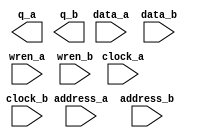
// megafunction wizard: %RAM: 2-PORT%VBB%
// GENERATION: STANDARD
// VERSION: WM1.0
// MODULE: altsyncram 

// ============================================================
// Megafunction Name(s):
// 			altsyncram
//
// Simulation Library Files(s):
// 			altera_mf
// ============================================================
// ************************************************************
// THIS IS A WIZARD-GENERATED FILE. DO NOT EDIT THIS FILE!
//
// 21.1.1 Build 850 06/23/2022 SJ Lite Edition
// ************************************************************

//Copyright (C) 2022  Intel Corporation. All rights reserved.
//Your use of Intel Corporation's design tools, logic functions 
//and other software and tools, and any partner logic 
//functions, and any output files from any of the foregoing 
//(including device programming or simulation files), and any 
//associated documentation or information are expressly subject 
//to the terms and conditions of the Intel Program License 
//Subscription Agreement, the Intel Quartus Prime License Agreement,
//the Intel FPGA IP License Agreement, or other applicable license
//agreement, including, without limitation, that your use is for
//the sole purpose of programming logic devices manufactured by
//Intel and sold by Intel or its authorized distributors.  Please
//refer to the applicable agreement for further details, at
//https://fpgasoftware.intel.com/eula.

module rom_memory (
	address_a,
	address_b,
	clock_a,
	clock_b,
	data_a,
	data_b,
	wren_a,
	wren_b,
	q_a,
	q_b);

	input	[14:0]  address_a;
	input	[14:0]  address_b;
	input	  clock_a;
	input	  clock_b;
	input	[7:0]  data_a;
	input	[7:0]  data_b;
	input	  wren_a;
	input	  wren_b;
	output	[7:0]  q_a;
	output	[7:0]  q_b;
`ifndef ALTERA_RESERVED_QIS
// synopsys translate_off
`endif
	tri1	  clock_a;
	tri0	  wren_a;
	tri0	  wren_b;
`ifndef ALTERA_RESERVED_QIS
// synopsys translate_on
`endif

endmodule

// ============================================================
// CNX file retrieval info
// ============================================================
// Retrieval info: PRIVATE: ADDRESSSTALL_A NUMERIC "0"
// Retrieval info: PRIVATE: ADDRESSSTALL_B NUMERIC "0"
// Retrieval info: PRIVATE: BYTEENA_ACLR_A NUMERIC "0"
// Retrieval info: PRIVATE: BYTEENA_ACLR_B NUMERIC "0"
// Retrieval info: PRIVATE: BYTE_ENABLE_A NUMERIC "0"
// Retrieval info: PRIVATE: BYTE_ENABLE_B NUMERIC "0"
// Retrieval info: PRIVATE: BYTE_SIZE NUMERIC "8"
// Retrieval info: PRIVATE: BlankMemory NUMERIC "0"
// Retrieval info: PRIVATE: CLOCK_ENABLE_INPUT_A NUMERIC "0"
// Retrieval info: PRIVATE: CLOCK_ENABLE_INPUT_B NUMERIC "0"
// Retrieval info: PRIVATE: CLOCK_ENABLE_OUTPUT_A NUMERIC "0"
// Retrieval info: PRIVATE: CLOCK_ENABLE_OUTPUT_B NUMERIC "0"
// Retrieval info: PRIVATE: CLRdata NUMERIC "0"
// Retrieval info: PRIVATE: CLRq NUMERIC "0"
// Retrieval info: PRIVATE: CLRrdaddress NUMERIC "0"
// Retrieval info: PRIVATE: CLRrren NUMERIC "0"
// Retrieval info: PRIVATE: CLRwraddress NUMERIC "0"
// Retrieval info: PRIVATE: CLRwren NUMERIC "0"
// Retrieval info: PRIVATE: Clock NUMERIC "5"
// Retrieval info: PRIVATE: Clock_A NUMERIC "0"
// Retrieval info: PRIVATE: Clock_B NUMERIC "0"
// Retrieval info: PRIVATE: IMPLEMENT_IN_LES NUMERIC "0"
// Retrieval info: PRIVATE: INDATA_ACLR_B NUMERIC "0"
// Retrieval info: PRIVATE: INDATA_REG_B NUMERIC "1"
// Retrieval info: PRIVATE: INIT_FILE_LAYOUT STRING "PORT_A"
// Retrieval info: PRIVATE: INIT_TO_SIM_X NUMERIC "0"
// Retrieval info: PRIVATE: INTENDED_DEVICE_FAMILY STRING "MAX 10"
// Retrieval info: PRIVATE: JTAG_ENABLED NUMERIC "0"
// Retrieval info: PRIVATE: JTAG_ID STRING "NONE"
// Retrieval info: PRIVATE: MAXIMUM_DEPTH NUMERIC "0"
// Retrieval info: PRIVATE: MEMSIZE NUMERIC "262144"
// Retrieval info: PRIVATE: MEM_IN_BITS NUMERIC "0"
// Retrieval info: PRIVATE: MIFfilename STRING "/home/norbert/Projects/6502_v2/python/rom/rom.hex"
// Retrieval info: PRIVATE: OPERATION_MODE NUMERIC "3"
// Retrieval info: PRIVATE: OUTDATA_ACLR_B NUMERIC "0"
// Retrieval info: PRIVATE: OUTDATA_REG_B NUMERIC "0"
// Retrieval info: PRIVATE: RAM_BLOCK_TYPE NUMERIC "2"
// Retrieval info: PRIVATE: READ_DURING_WRITE_MODE_MIXED_PORTS NUMERIC "2"
// Retrieval info: PRIVATE: READ_DURING_WRITE_MODE_PORT_A NUMERIC "4"
// Retrieval info: PRIVATE: READ_DURING_WRITE_MODE_PORT_B NUMERIC "4"
// Retrieval info: PRIVATE: REGdata NUMERIC "1"
// Retrieval info: PRIVATE: REGq NUMERIC "0"
// Retrieval info: PRIVATE: REGrdaddress NUMERIC "0"
// Retrieval info: PRIVATE: REGrren NUMERIC "0"
// Retrieval info: PRIVATE: REGwraddress NUMERIC "1"
// Retrieval info: PRIVATE: REGwren NUMERIC "1"
// Retrieval info: PRIVATE: SYNTH_WRAPPER_GEN_POSTFIX STRING "0"
// Retrieval info: PRIVATE: USE_DIFF_CLKEN NUMERIC "0"
// Retrieval info: PRIVATE: UseDPRAM NUMERIC "1"
// Retrieval info: PRIVATE: VarWidth NUMERIC "0"
// Retrieval info: PRIVATE: WIDTH_READ_A NUMERIC "8"
// Retrieval info: PRIVATE: WIDTH_READ_B NUMERIC "8"
// Retrieval info: PRIVATE: WIDTH_WRITE_A NUMERIC "8"
// Retrieval info: PRIVATE: WIDTH_WRITE_B NUMERIC "8"
// Retrieval info: PRIVATE: WRADDR_ACLR_B NUMERIC "0"
// Retrieval info: PRIVATE: WRADDR_REG_B NUMERIC "1"
// Retrieval info: PRIVATE: WRCTRL_ACLR_B NUMERIC "0"
// Retrieval info: PRIVATE: enable NUMERIC "0"
// Retrieval info: PRIVATE: rden NUMERIC "0"
// Retrieval info: LIBRARY: altera_mf altera_mf.altera_mf_components.all
// Retrieval info: CONSTANT: ADDRESS_REG_B STRING "CLOCK1"
// Retrieval info: CONSTANT: CLOCK_ENABLE_INPUT_A STRING "BYPASS"
// Retrieval info: CONSTANT: CLOCK_ENABLE_INPUT_B STRING "BYPASS"
// Retrieval info: CONSTANT: CLOCK_ENABLE_OUTPUT_A STRING "BYPASS"
// Retrieval info: CONSTANT: CLOCK_ENABLE_OUTPUT_B STRING "BYPASS"
// Retrieval info: CONSTANT: INDATA_REG_B STRING "CLOCK1"
// Retrieval info: CONSTANT: INIT_FILE STRING "/home/norbert/Projects/6502_v2/python/rom/rom.hex"
// Retrieval info: CONSTANT: INTENDED_DEVICE_FAMILY STRING "MAX 10"
// Retrieval info: CONSTANT: LPM_TYPE STRING "altsyncram"
// Retrieval info: CONSTANT: NUMWORDS_A NUMERIC "32768"
// Retrieval info: CONSTANT: NUMWORDS_B NUMERIC "32768"
// Retrieval info: CONSTANT: OPERATION_MODE STRING "BIDIR_DUAL_PORT"
// Retrieval info: CONSTANT: OUTDATA_ACLR_A STRING "NONE"
// Retrieval info: CONSTANT: OUTDATA_ACLR_B STRING "NONE"
// Retrieval info: CONSTANT: OUTDATA_REG_A STRING "UNREGISTERED"
// Retrieval info: CONSTANT: OUTDATA_REG_B STRING "UNREGISTERED"
// Retrieval info: CONSTANT: POWER_UP_UNINITIALIZED STRING "FALSE"
// Retrieval info: CONSTANT: RAM_BLOCK_TYPE STRING "M9K"
// Retrieval info: CONSTANT: READ_DURING_WRITE_MODE_PORT_A STRING "NEW_DATA_WITH_NBE_READ"
// Retrieval info: CONSTANT: READ_DURING_WRITE_MODE_PORT_B STRING "NEW_DATA_WITH_NBE_READ"
// Retrieval info: CONSTANT: WIDTHAD_A NUMERIC "15"
// Retrieval info: CONSTANT: WIDTHAD_B NUMERIC "15"
// Retrieval info: CONSTANT: WIDTH_A NUMERIC "8"
// Retrieval info: CONSTANT: WIDTH_B NUMERIC "8"
// Retrieval info: CONSTANT: WIDTH_BYTEENA_A NUMERIC "1"
// Retrieval info: CONSTANT: WIDTH_BYTEENA_B NUMERIC "1"
// Retrieval info: CONSTANT: WRCONTROL_WRADDRESS_REG_B STRING "CLOCK1"
// Retrieval info: USED_PORT: address_a 0 0 15 0 INPUT NODEFVAL "address_a[14..0]"
// Retrieval info: USED_PORT: address_b 0 0 15 0 INPUT NODEFVAL "address_b[14..0]"
// Retrieval info: USED_PORT: clock_a 0 0 0 0 INPUT VCC "clock_a"
// Retrieval info: USED_PORT: clock_b 0 0 0 0 INPUT NODEFVAL "clock_b"
// Retrieval info: USED_PORT: data_a 0 0 8 0 INPUT NODEFVAL "data_a[7..0]"
// Retrieval info: USED_PORT: data_b 0 0 8 0 INPUT NODEFVAL "data_b[7..0]"
// Retrieval info: USED_PORT: q_a 0 0 8 0 OUTPUT NODEFVAL "q_a[7..0]"
// Retrieval info: USED_PORT: q_b 0 0 8 0 OUTPUT NODEFVAL "q_b[7..0]"
// Retrieval info: USED_PORT: wren_a 0 0 0 0 INPUT GND "wren_a"
// Retrieval info: USED_PORT: wren_b 0 0 0 0 INPUT GND "wren_b"
// Retrieval info: CONNECT: @address_a 0 0 15 0 address_a 0 0 15 0
// Retrieval info: CONNECT: @address_b 0 0 15 0 address_b 0 0 15 0
// Retrieval info: CONNECT: @clock0 0 0 0 0 clock_a 0 0 0 0
// Retrieval info: CONNECT: @clock1 0 0 0 0 clock_b 0 0 0 0
// Retrieval info: CONNECT: @data_a 0 0 8 0 data_a 0 0 8 0
// Retrieval info: CONNECT: @data_b 0 0 8 0 data_b 0 0 8 0
// Retrieval info: CONNECT: @wren_a 0 0 0 0 wren_a 0 0 0 0
// Retrieval info: CONNECT: @wren_b 0 0 0 0 wren_b 0 0 0 0
// Retrieval info: CONNECT: q_a 0 0 8 0 @q_a 0 0 8 0
// Retrieval info: CONNECT: q_b 0 0 8 0 @q_b 0 0 8 0
// Retrieval info: GEN_FILE: TYPE_NORMAL rom_memory.v TRUE
// Retrieval info: GEN_FILE: TYPE_NORMAL rom_memory.inc FALSE
// Retrieval info: GEN_FILE: TYPE_NORMAL rom_memory.cmp FALSE
// Retrieval info: GEN_FILE: TYPE_NORMAL rom_memory.bsf FALSE
// Retrieval info: GEN_FILE: TYPE_NORMAL rom_memory_inst.v FALSE
// Retrieval info: GEN_FILE: TYPE_NORMAL rom_memory_bb.v TRUE
// Retrieval info: LIB_FILE: altera_mf